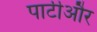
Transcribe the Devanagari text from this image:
पार्टीऔर